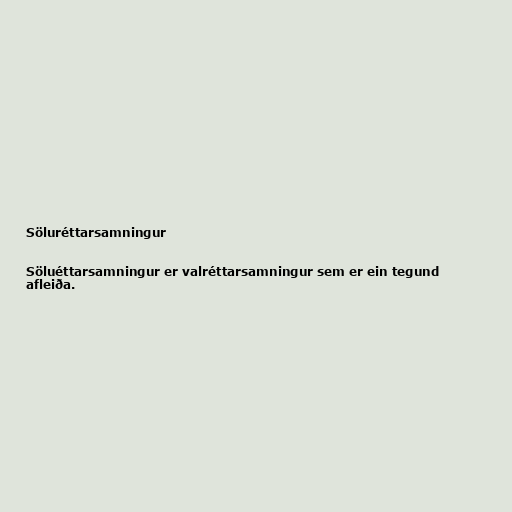
Söluréttarsamningur

Söluéttarsamningur er valréttarsamningur sem er ein tegund
afleiða.